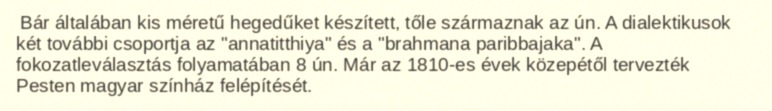
Bár általában kis méretű hegedűket készített, tőle származnak az ún. A dialektikusok két további csoportja az "annatitthiya" és a "brahmana paribbajaka". A fokozatleválasztás folyamatában 8 ún. Már az 1810-es évek közepétől tervezték Pesten magyar színház felépítését.